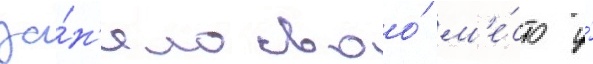
за́н'яло своо́ м'е́сто у́